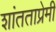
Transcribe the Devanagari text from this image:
शांतताप्रेमी